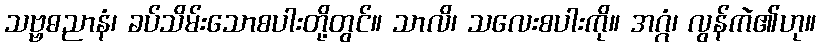
သဗ္ဗဓညာနံ၊ ခပ်သိမ်းသောစပါးတို့တွင်။ သာလိ၊ သလေးစပါးကို။ အဂ္ဂံ၊ လွန်ကဲ၏ဟု။